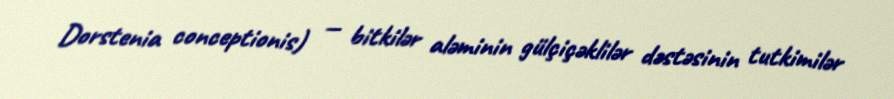
Dorstenia conceptionis) — bitkilər aləminin gülçiçəklilər dəstəsinin tutkimilər